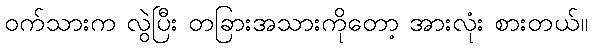
ဝက်သားက လွဲပြီး တခြားအသားကိုတော့ အားလုံး စားတယ်။